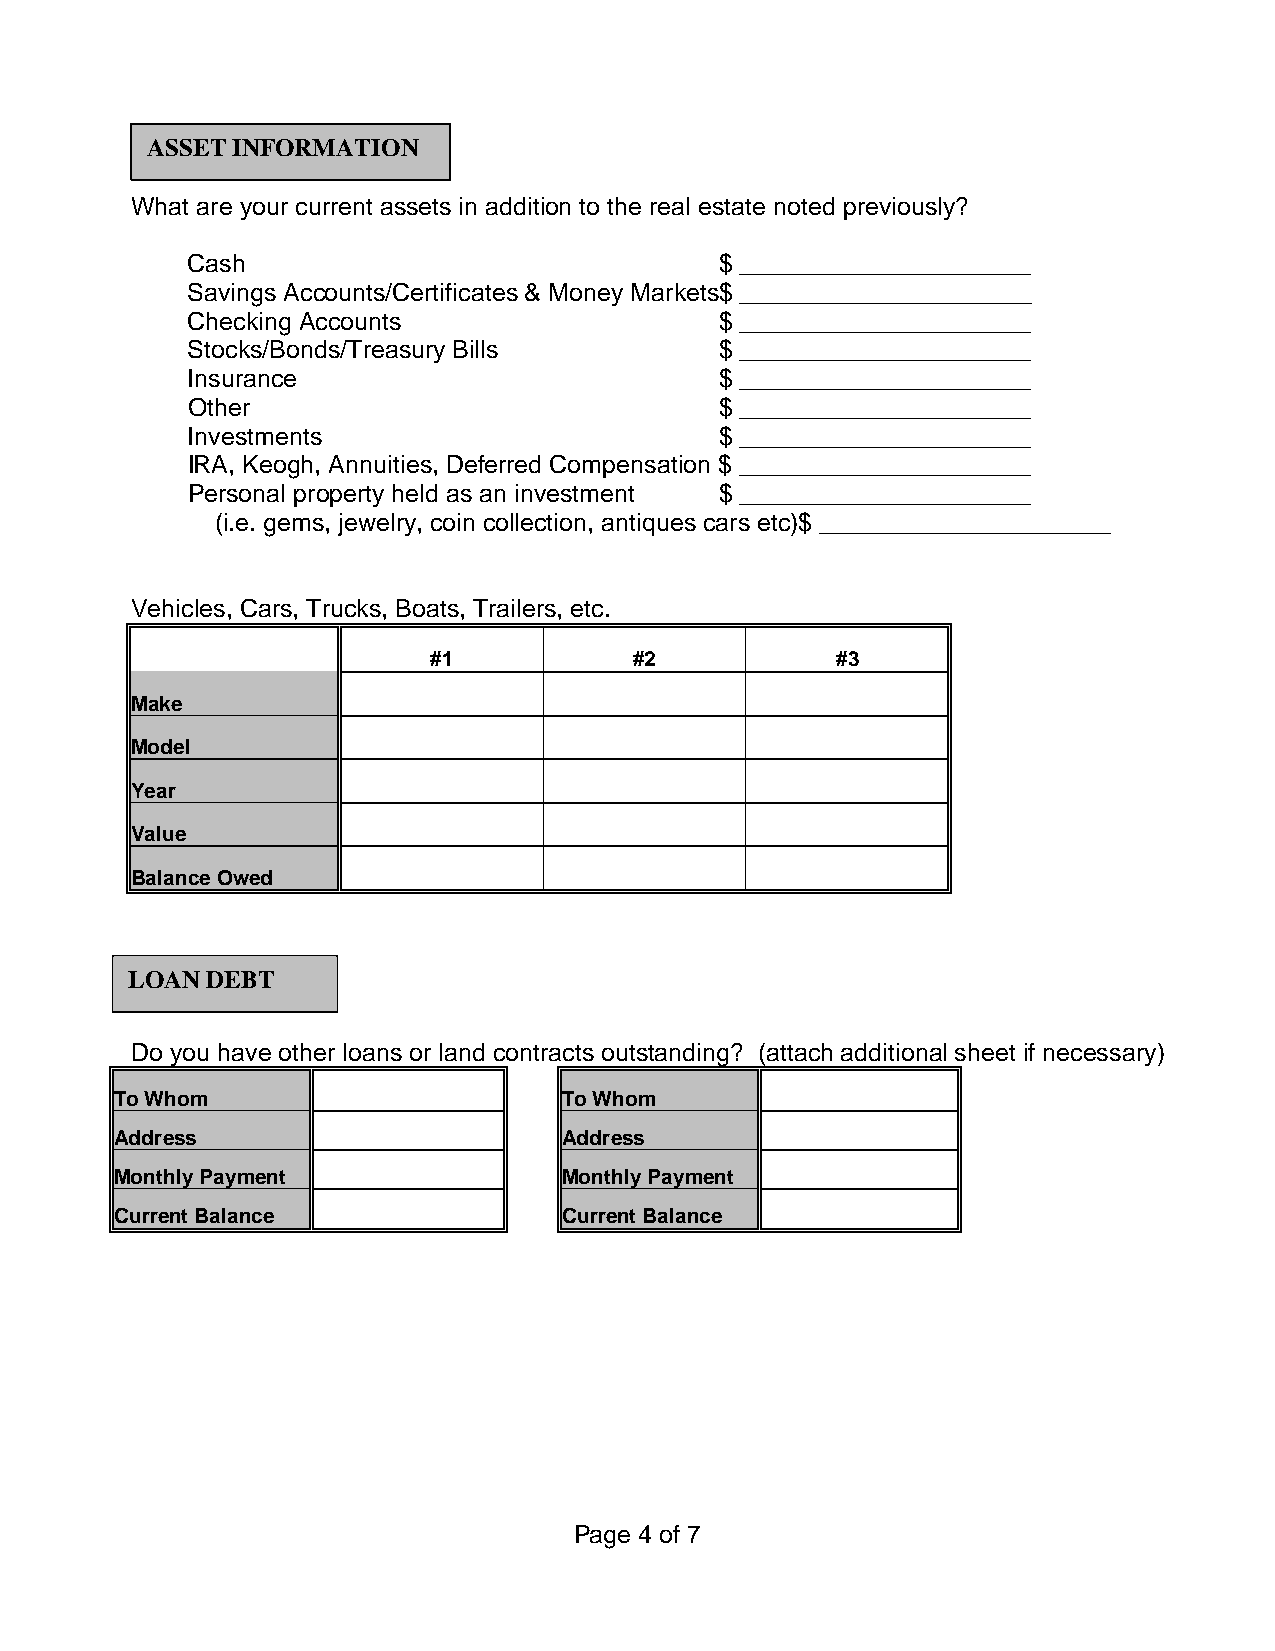
ASSET INFORMATION
 What are your current assets in addition to the real estate noted previously?
 Cash                                $ _____________________
 Savings Accounts/Certificates & Money Markets$ _____________________
 Checking Accounts                   $ _____________________
 Stocks/Bonds/Treasury Bills         $ _____________________
 Insurance                           $ _____________________
 Other                               $ _____________________
 Investments                         $ _____________________
 IRA, Keogh, Annuities, Deferred Compensation $ _____________________
 Personal property held as an investment $ _____________________
 (i.e. gems, jewelry, coin collection, antiques cars etc)$ _____________________
 Vehicles, Cars, Trucks, Boats, Trailers, etc.
 #1            #2           #3
 Make
 Model
 Year
 Value
 Balance Owed
 LOAN  DEBT
 Do you have other loans or land contracts outstanding? (attach additional sheet if necessary)
 To Whom                      To Whom
 Address                      Address
 Monthly Payment              Monthly Payment
 Current Balance              Current Balance
 Page 4 of 7